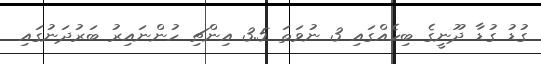
ގުޑު ގުޑާ ދޫނީގެ ބިހެއްގައި 3 ނުވަތަ 3.5 އިންޗި ހުންނައިރު ބަރުދަނުގައި